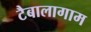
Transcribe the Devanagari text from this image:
टैबालागाम